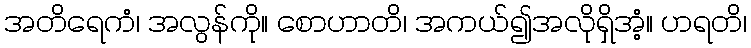
အတိရေကံ၊ အလွန်ကို။ စောဟာတိ၊ အကယ်၍အလိုရှိအံ့။ ဟရတိ၊